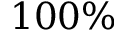
1 0 0 \%